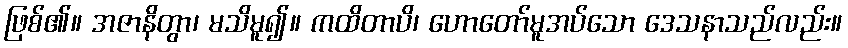
ဖြစ်၏။ အဇာနိတွာ၊ မသိမူ၍။ ကထိတာပိ၊ ဟောတော်မူအပ်သော ဒေသနာသည်လည်း။